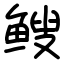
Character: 𫠑